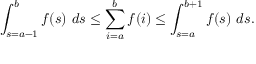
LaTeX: \int _ { s = a - 1 } ^ { b } f ( s ) \ d s \leq \sum _ { i = a } ^ { b } f ( i ) \leq \int _ { s = a } ^ { b + 1 } f ( s ) \ d s .